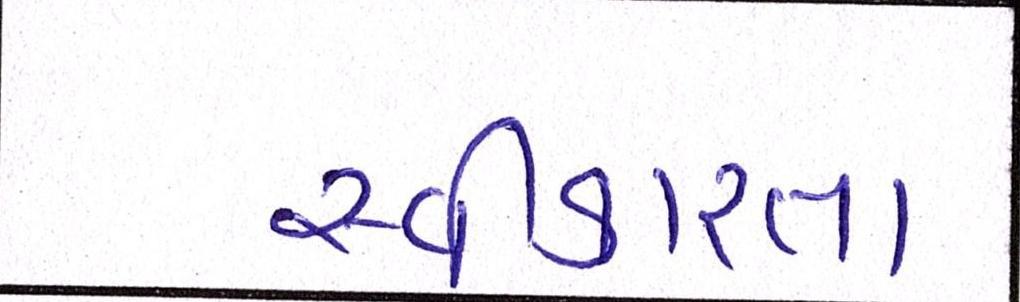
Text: સ્વીકારતા